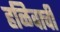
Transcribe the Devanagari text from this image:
हळिवाची